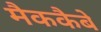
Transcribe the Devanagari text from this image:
मैककैबे